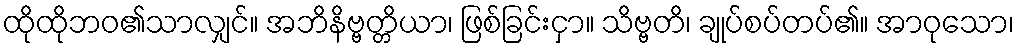
ထိုထိုဘဝ၏သာလျှင်။ အဘိနိဗ္ဗတ္တိယာ၊ ဖြစ်ခြင်းငှာ။ သိဗ္ဗတိ၊ ချုပ်စပ်တပ်၏။ အာဝုသော၊